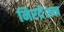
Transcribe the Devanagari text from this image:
निरर्देशन